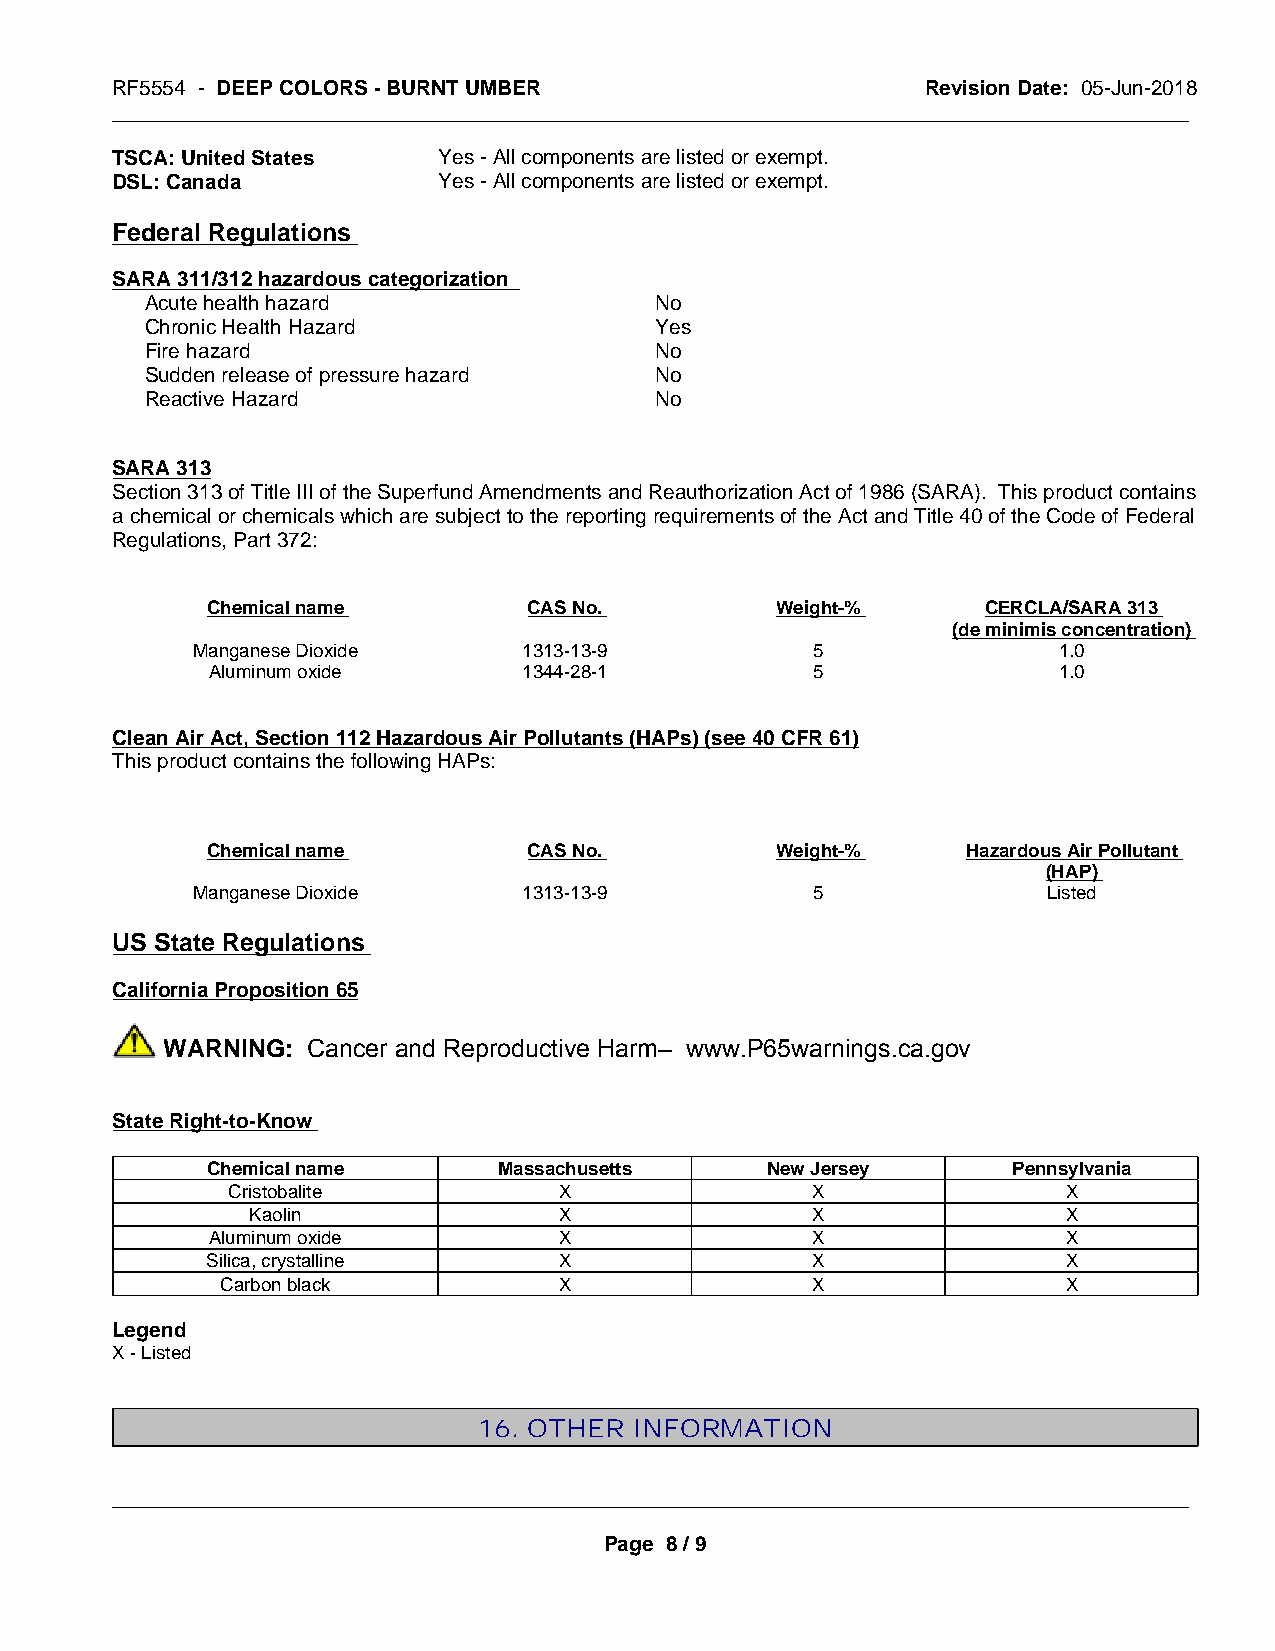
RF5554 - DEEP COLORS - BURNT UMBER                    Revision Date: 05-Jun-2018
 _____________________________________________________________________________________________
 TSCA: United States   Yes - All components are listed or exempt.
 DSL: Canada           Yes - All components are listed or exempt.
 Federal Regulations
 SARA 311/312 hazardous categorization
 Acute health hazard              No
 Chronic Health Hazard            Yes
 Fire hazard                      No
 Sudden release of pressure hazard No
 Reactive Hazard                  No
 SARA 313
 Section 313 of Title III of the Superfund Amendments and Reauthorization Act of 1986 (SARA). This product contains
 a chemical or chemicals which are subject to the reporting requirements of the Act and Title 40 of the Code of Federal
 Regulations, Part 372:
 Chemical name        CAS No.         Weight-%      CERCLA/SARA 313
 (de minimis concentration)
 Manganese Dioxide     1313-13-9          5               1.0
 Aluminum oxide       1344-28-1          5               1.0
 Clean Air Act, Section 112 Hazardous Air Pollutants (HAPs) (see 40 CFR 61)
 This product contains the following HAPs:
 Chemical name        CAS No.         Weight-%     Hazardous Air Pollutant
 (HAP)
 Manganese Dioxide     1313-13-9          5              Listed
 US State Regulations
 California Proposition 65
 WARNING: Cancer and Reproductive Harm– www.P65warnings.ca.gov
 State Right-to-Know
 Chemical name      Massachusetts     New Jersey      Pennsylvania
 Cristobalite          X                X                X
 Kaolin              X                X                X
 Aluminum oxide         X                X                X
 Silica, crystalline    X                X                X
 Carbon black          X                X                X
 Legend
 X - Listed
 16. OTHER INFORMATION
 _____________________________________________________________________________________________
 Page 8 / 9